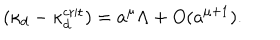
( \kappa _ { d } - \kappa _ { d } ^ { \mathrm { c r i t } } ) = a ^ { \mu } \Lambda + O ( a ^ { \mu + 1 } ) .